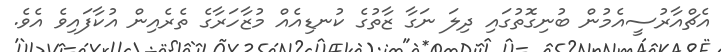
އެޗްއާރުސީއެމުން ބުނިގޮތުގައި ދިލަ ނަގާ ޒާތުގެ ކުނޑިއެއް މުޒާހަރާގެ ތެރެއިން އުކާފައިވެ އެވެ.